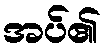
အပ်၏